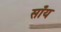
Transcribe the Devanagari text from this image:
साँय